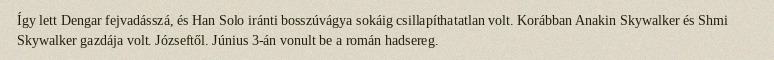
Így lett Dengar fejvadásszá, és Han Solo iránti bosszúvágya sokáig csillapíthatatlan volt. Korábban Anakin Skywalker és Shmi Skywalker gazdája volt. Józseftől. Június 3-án vonult be a román hadsereg.